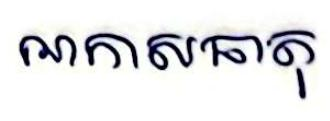
ណកាលធាតុ